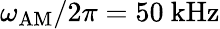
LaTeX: \omega_{\mathrm{AM}}/2\pi=50~\mathrm{kHz}